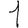
Digit: 1